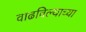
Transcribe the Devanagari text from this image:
वाढविल्याच्या